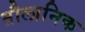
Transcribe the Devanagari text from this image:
तौलानिक